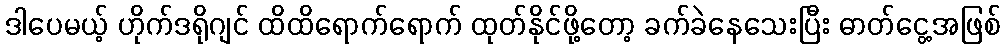
ဒါပေမယ့် ဟိုက်ဒရိုဂျင် ထိထိရောက်ရောက် ထုတ်နိုင်ဖို့တော့ ခက်ခဲနေသေးပြီး ဓာတ်ငွေ့အဖြစ်